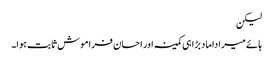
لیکن
ہائے میرا داماد بڑا ہی کمینہ اور احسان فراموش ثابت ہوا۔